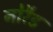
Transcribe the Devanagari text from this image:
नोरैड